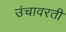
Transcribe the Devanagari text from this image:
उंचावरती